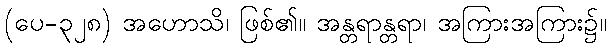
(ပေ-၃၂၈) အဟောသိ၊ ဖြစ်၏။ အန္တရာန္တရာ၊ အကြားအကြား၌။